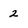
Character: 2